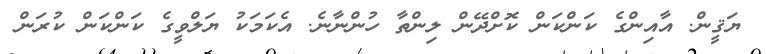
ޔަޤީން. އާއިންގެ ކަންކަން ކޮށްދޭން ލިންތާ ހުންނާނެ. އެކަމަކު ޔަލްވީގެ ކަންކަން ކުރަން